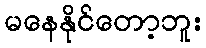
မနေနိုင်တော့ဘူး